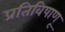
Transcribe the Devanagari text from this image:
प्रतिविषाणू